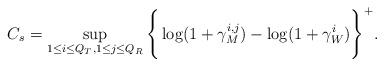
\begin{align*}C_{s} = \sup\limits_{1 \leq i \leq Q_{T}, 1 \leq j \leq Q_{R}} \Bigg\{\log(1+\gamma_{M}^{i,j}) - \log(1+\gamma_{W}^{i})\Bigg\}^{+}.\end{align*}